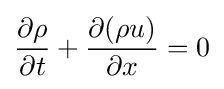
{\frac {\partial \rho }{\partial t}}+{\frac {\partial (\rho u)}{\partial x}}=0